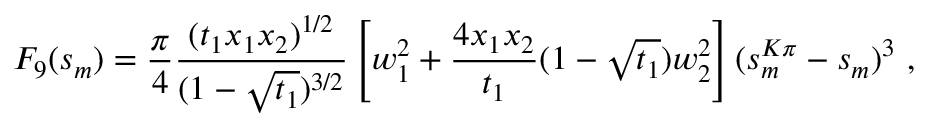
F _ { 9 } ( s _ { m } ) = \frac { \pi } { 4 } \frac { ( t _ { 1 } x _ { 1 } x _ { 2 } ) ^ { 1 / 2 } } { ( 1 - \sqrt { t _ { 1 } } ) ^ { 3 / 2 } } \left[ w _ { 1 } ^ { 2 } + \frac { 4 x _ { 1 } x _ { 2 } } { t _ { 1 } } ( 1 - \sqrt { t _ { 1 } } ) w _ { 2 } ^ { 2 } \right] ( s _ { m } ^ { K \pi } - s _ { m } ) ^ { 3 } ~ ,